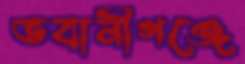
ভবানীগঞ্জে